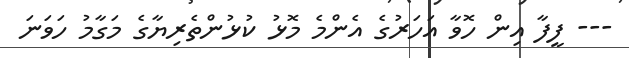
--- ފީފާ އިން ހޮވާ އަހަރުގެ އެންމެ މޮޅު ކުޅުންތެރިޔާގެ މަގާމު ހަވަނަ